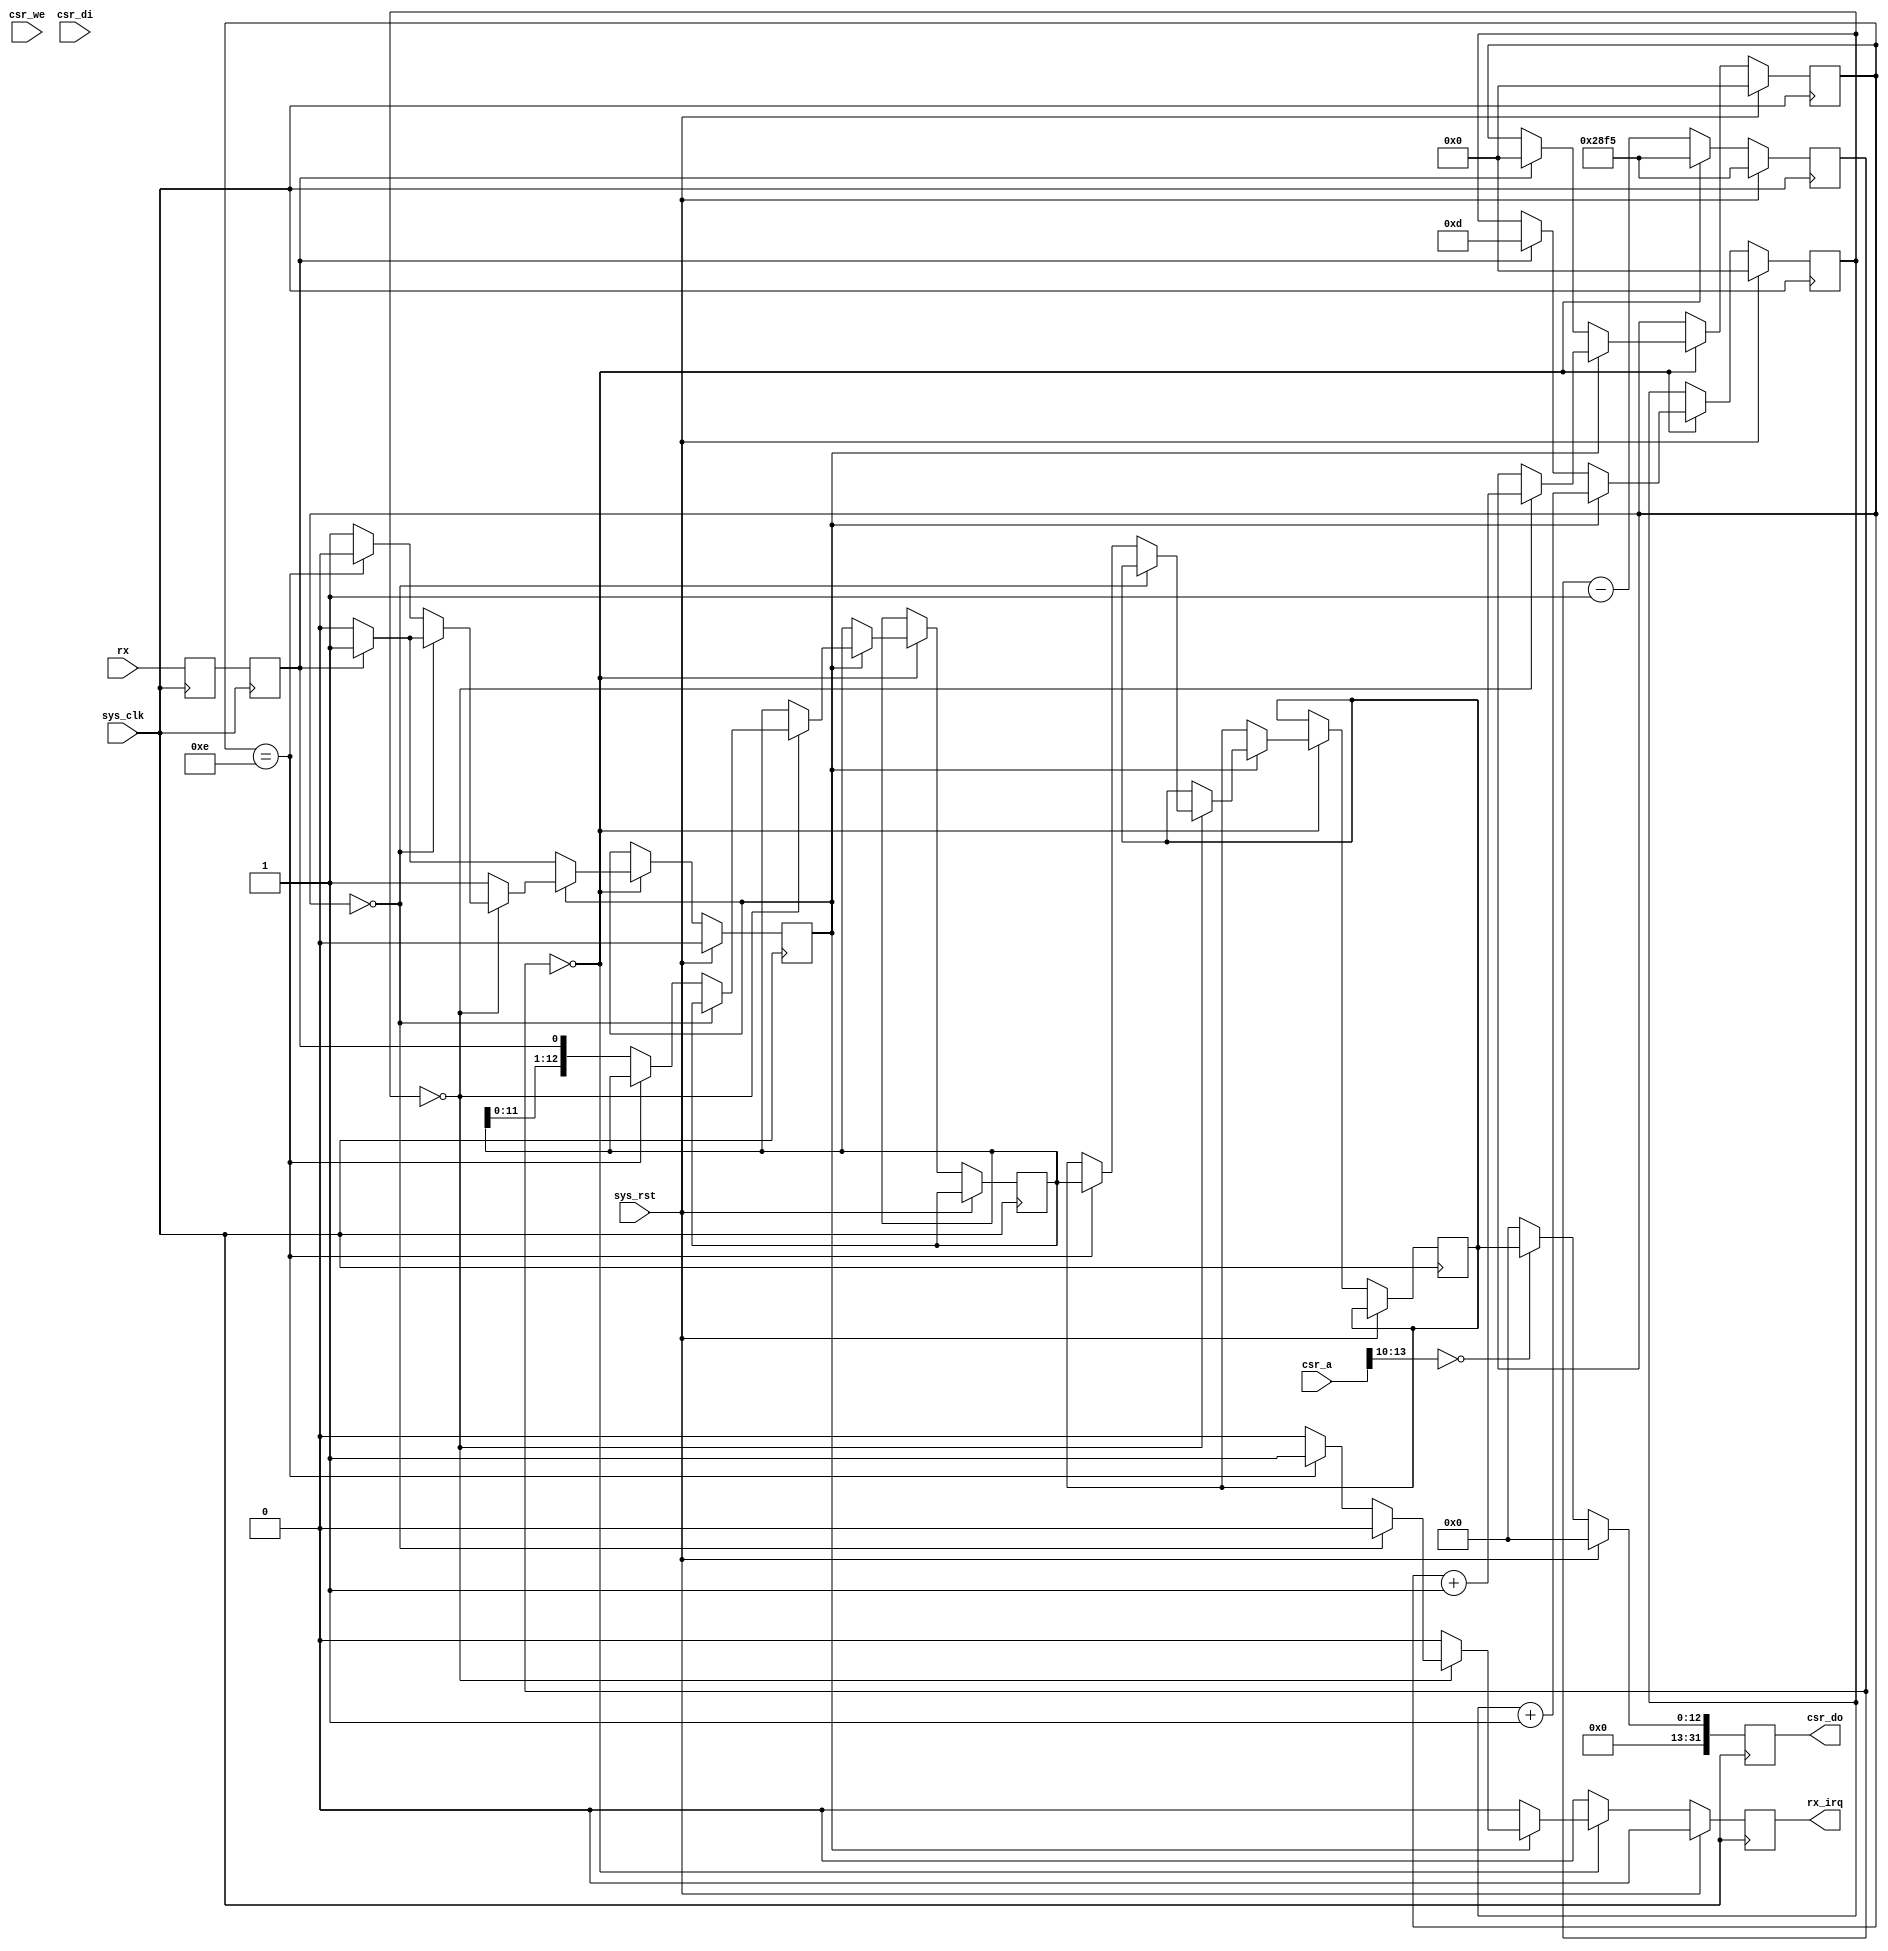
module rc5 #(
	parameter csr_addr = 4'h0,
	parameter clk_freq = 100000000
) (
	input sys_clk,
	input sys_rst,

	input [13:0] csr_a,
	input csr_we,
	input [31:0] csr_di,
	output reg [31:0] csr_do,

	output reg rx_irq,

	input rx
);

//-----------------------------------------------------------------
// enable16 generator
//-----------------------------------------------------------------
parameter divisor = clk_freq/596/16;

reg [15:0] enable16_counter;

wire enable16;
assign enable16 = (enable16_counter == 16'd0);

always @(posedge sys_clk) begin
	if(sys_rst)
		enable16_counter <= divisor - 1;
	else begin
		enable16_counter <= enable16_counter - 16'd1;
		if(enable16)
			enable16_counter <= divisor - 1;
	end
end

//-----------------------------------------------------------------
// Synchronize rx
//-----------------------------------------------------------------
reg rx1;
reg rx2;

always @(posedge sys_clk) begin
	rx1 <= rx;
	rx2 <= rx1;
end

//-----------------------------------------------------------------
// RX Logic
//-----------------------------------------------------------------
reg rx_busy;
reg [3:0] rx_count16;
reg [3:0] rx_bitcount;
reg [12:0] rx_reg;
reg [12:0] rx_data;

always @(posedge sys_clk) begin
	if(sys_rst) begin
		rx_irq <= 1'b0;
		rx_busy <= 1'b0;
		rx_count16 <= 4'd0;
		rx_bitcount <= 4'd0;
	end else begin
		rx_irq <= 1'b0;

		if(enable16) begin
			if(~rx_busy) begin // look for start bit
				if(rx2) begin // start bit found
					rx_busy <= 1'b1;
					rx_count16 <= 4'd13;
					rx_bitcount <= 4'd0;
				end
			end else begin
				rx_count16 <= rx_count16 + 4'd1;

				if(rx_count16 == 4'd0) begin // sample
					rx_bitcount <= rx_bitcount + 4'd1;

					if(rx_bitcount == 4'd0) begin // verify startbit
						if(~rx2)
							rx_busy <= 1'b0;
					end else if(rx_bitcount == 4'd14) begin
						rx_busy <= 1'b0;
						rx_data <= rx_reg;
						rx_irq <= 1'b1;
					end else
						rx_reg <= {rx_reg[11:0], rx2};
				end
			end
		end
	end
end

//-----------------------------------------------------------------
// CSR interface
//-----------------------------------------------------------------

wire csr_selected = csr_a[13:10] == csr_addr;

always @(posedge sys_clk) begin
	if(sys_rst) begin
		csr_do <= 32'd0;
	end else begin
		csr_do <= 32'd0;
		if(csr_selected)
			csr_do <= rx_data;
	end
end

endmodule